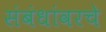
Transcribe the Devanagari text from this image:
संबंधांवरचे